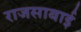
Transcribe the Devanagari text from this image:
राजसाबाई